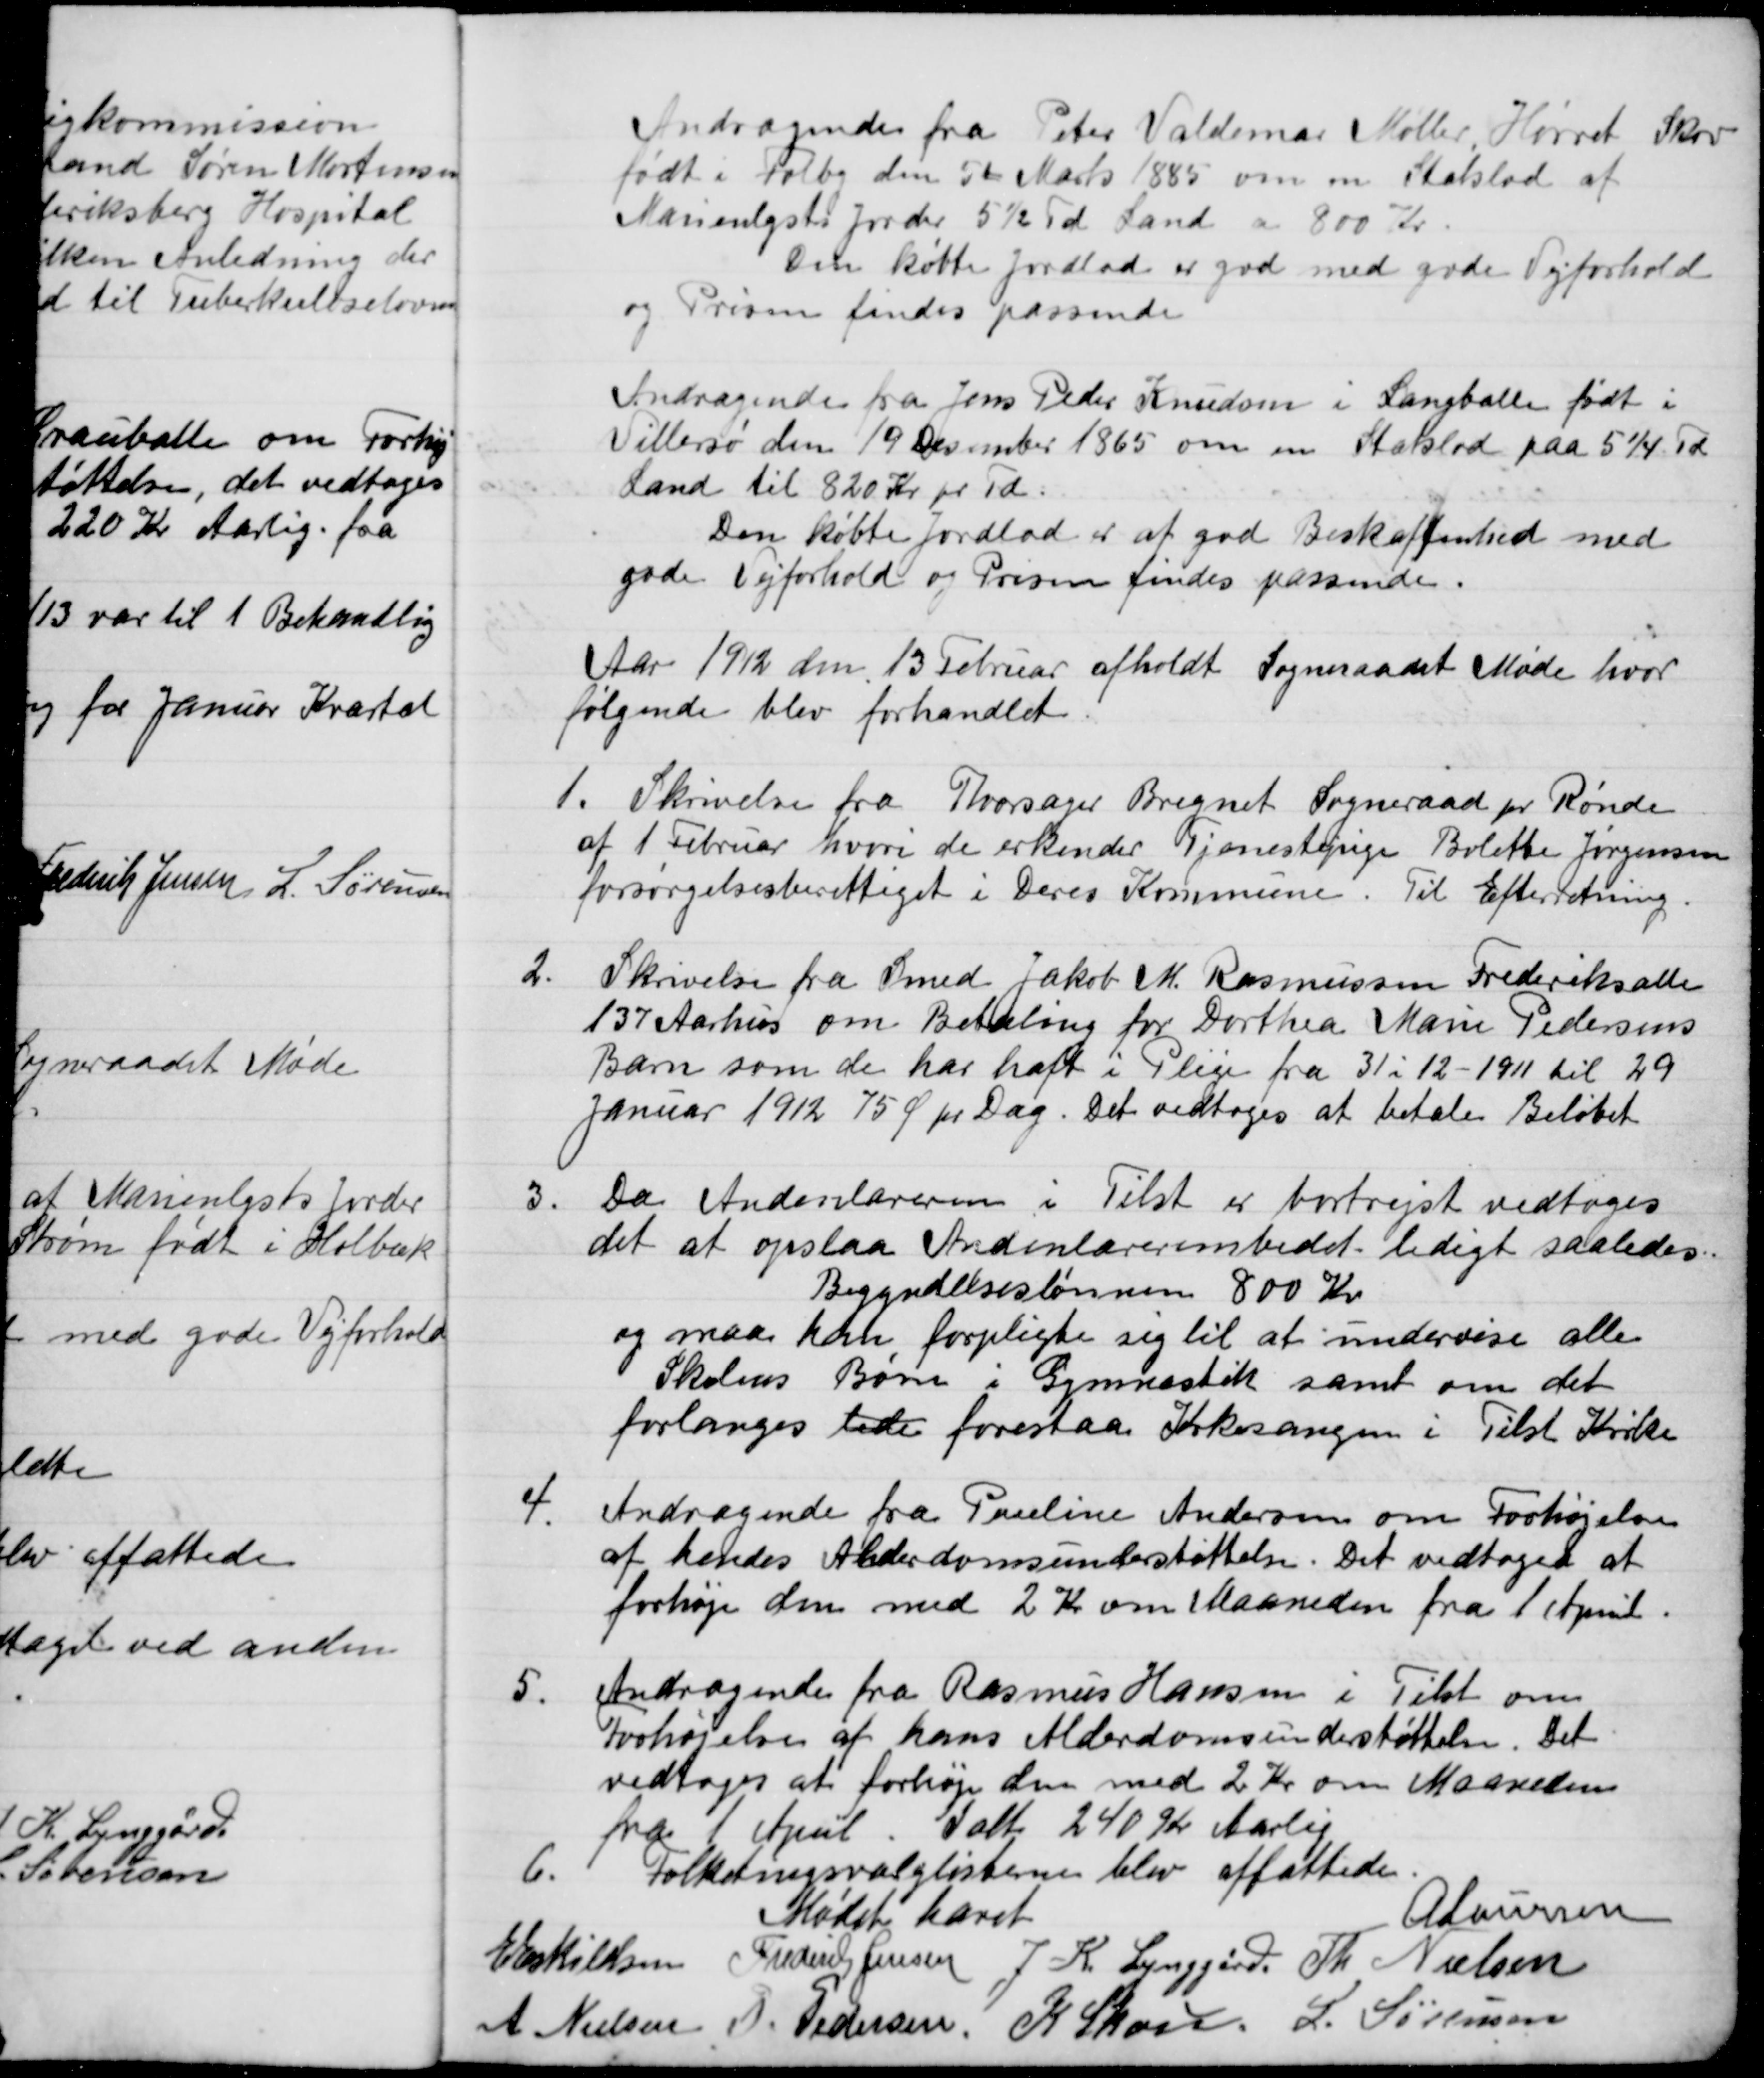
Transskription:
Andragende fra Peter Valdemar Møller Hørret Skov
født i Folby den 5te Marts 1885 om en Statslod af
Marienlysts Jorder 5½ Td Land a 800 Kr.
Den købte Jordlod er god med gode Vejforhold
og Prisen findes passende 
Andragende fra Jens Peder Knudsen i Langballe født i
Villersø den 19 December 1865 om en Statslod paa 5 1/4Td
Land til 820 Kr pr Td.
Den købte jordlod er af god Beskaffenhed med
gode Vejforhold og Prisen findes passende.
Aar 1912 den 13 Februar afholdt Sogneraadet Møde hvor
følgende blev forhandlet
1.
Skrivelse fra Thorsager Bregnet Sogneraad pr Rønde
af 1 Februar hvori de erkender Tjenestepige Bolette Jørgensen
forsørgelsesberettiget i Deres Kommune. Til Efterretning.
2.
Skrivelse fra Smed Jakob M. Rasmussen Frederiksalle
137 Aarhus om Betaling for Dorthea Marie Pedersens
Barn som de har haft i Pleje fra 31 i 12 - 1911 til 29
Januar 1912 75 Ø pr Dag. Det vedtoges at betale Beløbet
3.
Da Andenlæreren i Tilst er bortrejst vedtoges
det at opslaa Andenlærerembedet ledigt saaledes.
Begyndelseslønnen 800 Kr
og maa kan forpligte sig til at undervise alle
Skolens Børn i Gymnastik samt om det 
forlanges lede forestaa Kirkesangen i Tilst Kirke
4.
Andragende fra Pauline Andersen om Forhøjelse
af hendes Alderdomsunderstøttelse. Det vedtoges at
forhøje den med 2 Kr om Maaneden fra 1 April
5.
Andragende fra Rasmus Hansen i Tilst om
Forhøjelse af hans Alderdomsunderstøttelse. Det
vedtoges at forhøje den med 2 Kr om Maaneden
fra 1 April. Ialt 240 Kr Aarlig
6.
Folketingsvalglisterne blev affattede
Mødet hævet
A Laursen
E Eskildsen
Frederik Jensen
J. K. Lynggård.
Th. Nielsen
A. Nielsen
P. Pedersen,
K. Skou
L. Sørensen